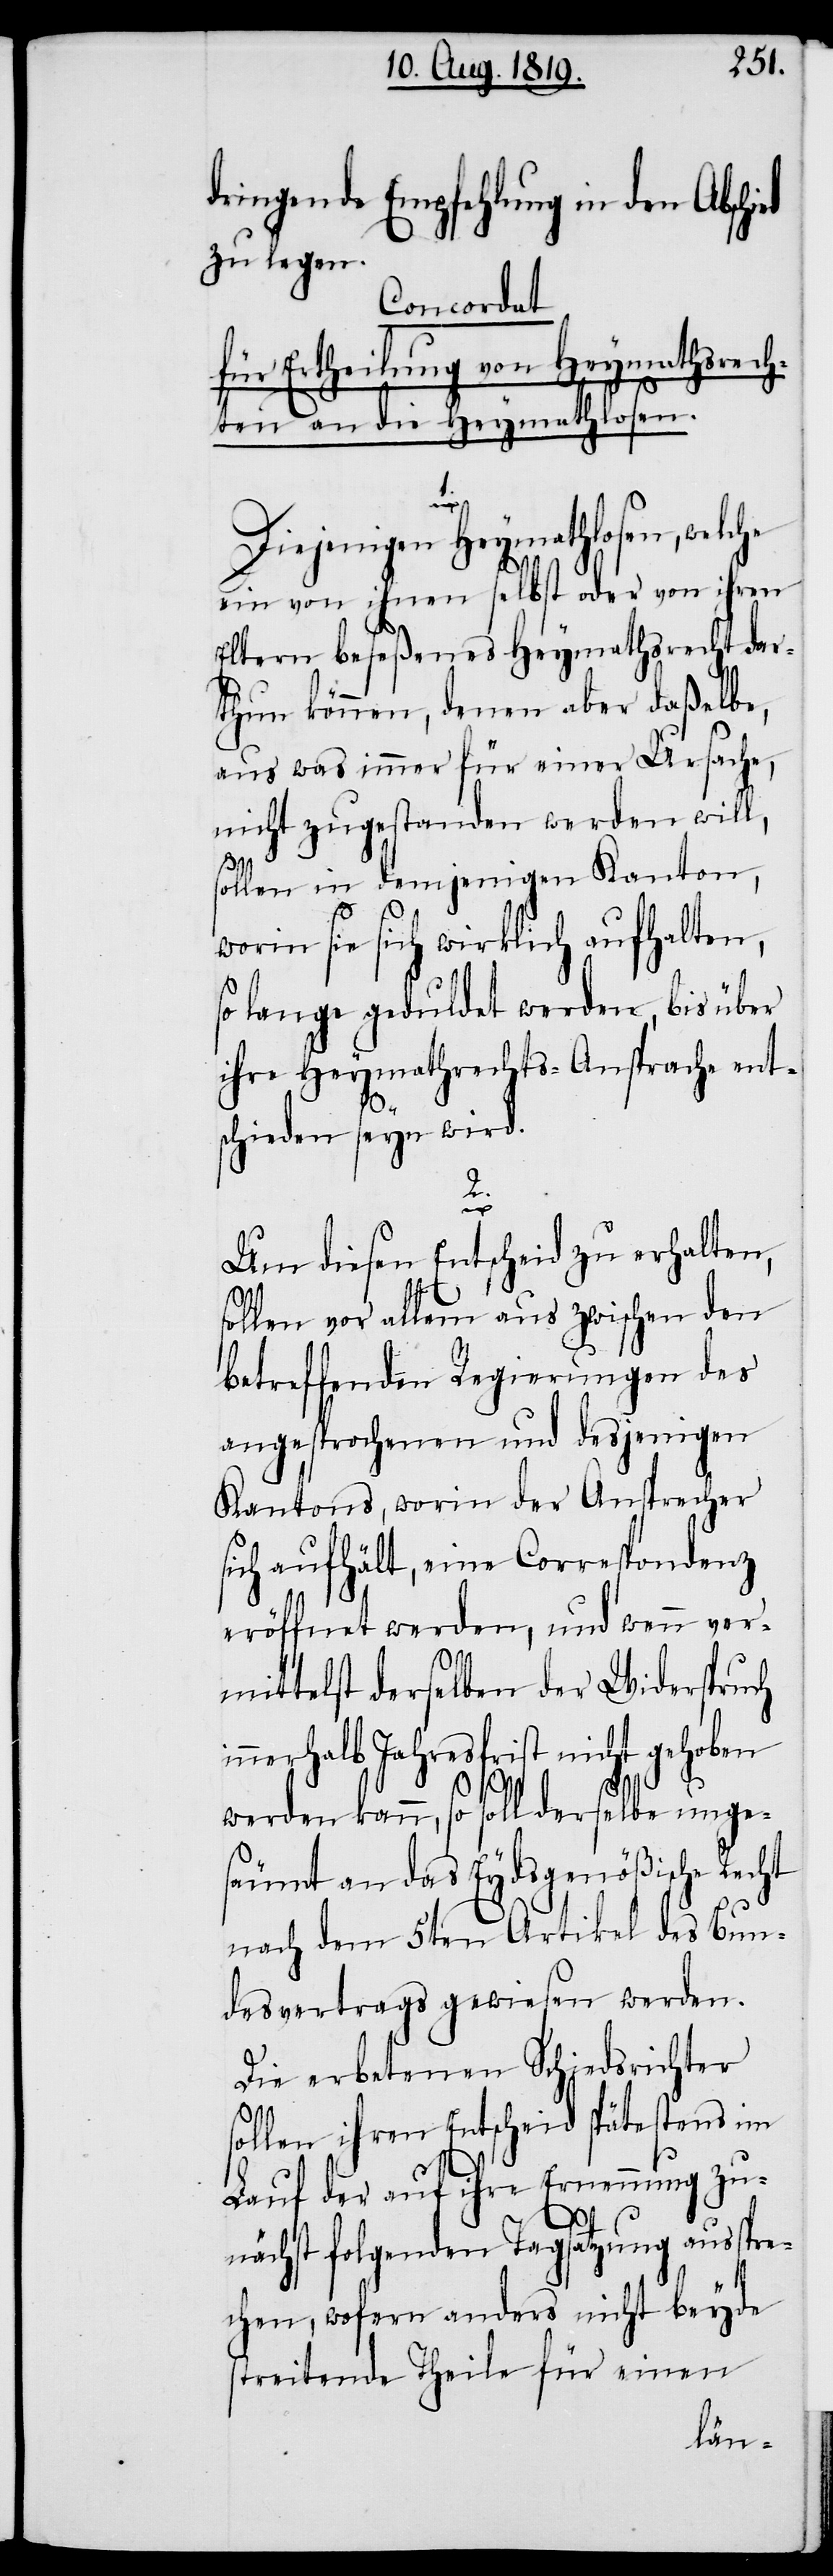
dringende Empfehlung in den Abschi¬
zu legen.
Concordat
für Ertheilung von Heymathsrech¬
ten an die Heymathlosen.
1.
Diejenigen Heymathlosen, welche
ein von ihnen selbst oder von ihren
Eltern beseßenes Heymathsrecht dar¬
thun können, denen aber daßelbe,
aus was immer für einer Ursache,
nicht zugestanden werden will,
sollen in demjenigen Kanton,
worin sie sich wirklich aufhalten,
so lange geduldet werden, bis über
ihre Heymathrechts-Ansprache ent¬
schieden seyn wird.
2.
Um diesen Entscheid zu erhalten,
sollen vor allem aus zwischen den
betreffenden Regierungen des
angesprochenen und desjenigen
Kantons, worin der Ansprecher
sich aufhält, eine Correspondenz
eröffnet werden, und wenn ver¬
mittelst derselben der Widerspruch
innerhalb Jahresfrist nicht gehoben
werden kann, so soll derselbe unges¬
äumt an das Eydsgenößische Recht
nach dem 5ten Artikel des Bun¬
desvertrags gewiesen werden.
Die erbetenen Schiedsrichter
sollen ihren Entscheid spätestens im
Lauf der auf ihre Ernennung zu¬
nächst folgenden Tagsatzung ausspre¬
chen, wofern anders nicht beyde
streitende Theile für einen